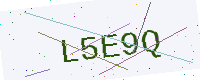
Text: L5E9Q